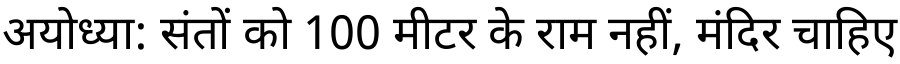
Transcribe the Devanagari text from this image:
अयोध्या: संतों को 100 मीटर के राम नहीं, मंदिर चाहिए